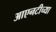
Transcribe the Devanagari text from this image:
आएनटीच्या